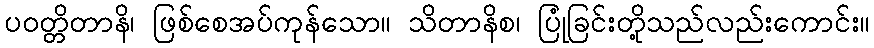
ပဝတ္တိတာနိ၊ ဖြစ်စေအပ်ကုန်သော။ သိတာနိစ၊ ပြုံခြင်းတို့သည်လည်းကောင်း။